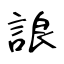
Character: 誏